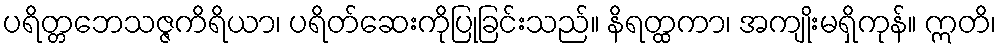
ပရိတ္တဘေသဇ္ဇကိရိယာ၊ ပရိတ်ဆေးကိုပြုခြင်းသည်။ နိရတ္ထကာ၊ အကျိုးမရှိကုန်။ ဣတိ၊